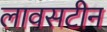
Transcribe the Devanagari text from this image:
लावसटीन